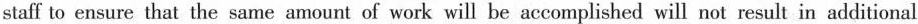
staff to ensure that the same amount of work will be accomplished will not result in additional